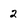
Character: 2